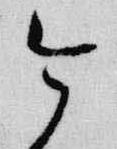
今